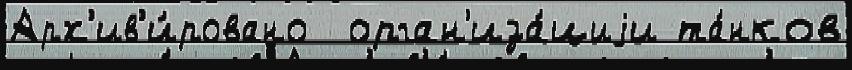
Арх'ив'и́ровано  орган'иза́циjи та́нков